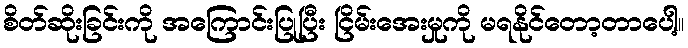
စိတ်ဆိုးခြင်းကို အကြောင်းပြုပြီး ငြိမ်းအေးမှုကို မရနိုင်တော့တာပေါ့။